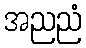
အညညံ